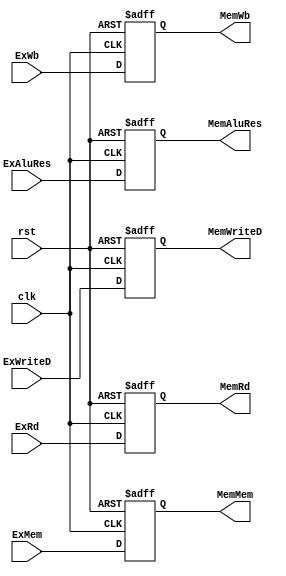
`timescale 1ps/1ps
module ExeMemReg (
    clk,
    rst,
    ExWb,
    ExMem,
    ExAluRes,
    ExWriteD,
    ExRd,

    MemWb,
    MemMem,

    MemAluRes,
    MemWriteD,
    MemRd
    );
    input clk, rst;
    input [1:0]ExWb;
    input [1:0]ExMem;
    input [31:0]ExAluRes,
    ExWriteD;
    input [4:0]ExRd;
    
    output reg [1:0]MemWb;
    output reg [1:0]MemMem;
    output reg [31:0]MemAluRes,
    MemWriteD;
    output reg [4:0]MemRd;

    always @(posedge clk, posedge rst) begin
        if (rst) begin
            MemWb = 2'b0;
            MemMem = 2'b0;
            MemAluRes = 32'b0;
            MemWriteD = 32'b0;
            MemRd = 5'b0;
        end
        else begin
            MemWb = ExWb;
            MemMem = ExMem;
            MemAluRes = ExAluRes;
            MemWriteD = ExWriteD;
            MemRd = ExRd;
        end
    end
endmodule